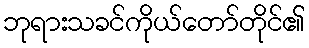
ဘုရားသခင်ကိုယ်တော်တိုင်၏